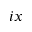
i x